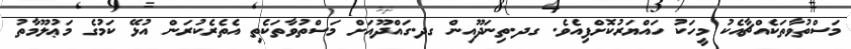
މަސްތުވާތަކެއްޗާއެކު މީހަކު ހައްޔަރުކޮށްފިއެވެ. ގދ.ތިނަދޫއިން ގދ.ގައްދޫއަށް މަސްތުވާތަކެތި އެތެރެކުރަން އުޅޭ ކަމުގެ މަޢުލޫމާތު